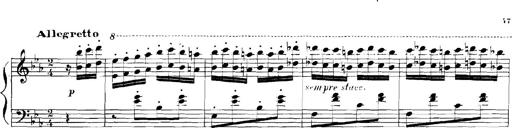
Title: Rhapsodies hongroises
Composer: Franz Liszt